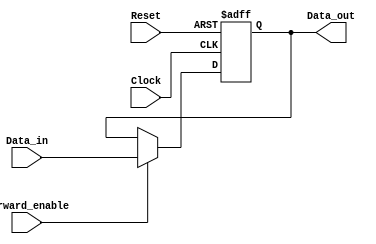
module ForwardingRegister #(
    parameter DATA_WIDTH = 32  // Parameter for data width, default is 32 bits
)(
    input wire [DATA_WIDTH-1:0] Data_in,    // Input data
    input wire Forward_enable,                // Control signal for forwarding
    input wire Clock,                         // Clock signal
    input wire Reset,                         // Asynchronous reset signal
    output reg [DATA_WIDTH-1:0] Data_out     // Output data
);

// Asynchronous reset and synchronous update on clock edge
always @(posedge Clock or posedge Reset) begin
    if (Reset) begin
        Data_out <= {DATA_WIDTH{1'b0}}; // Clear output to zero on reset
    end else if (Forward_enable) begin
        Data_out <= Data_in; // Forward new data on clock edge if enabled
    end
    // If Forward_enable is low, Data_out retains its previous value
end

endmodule